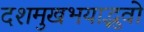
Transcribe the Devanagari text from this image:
दशमुखभयाद्भुवो